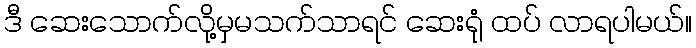
ဒီ ဆေးသောက်လို့မှမသက်သာရင် ဆေးရုံ ထပ် လာရပါမယ်။